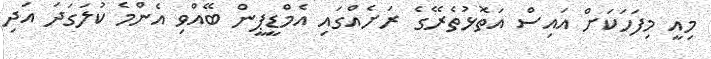
މިއީ މިފަހަކަށް އައިސް އަތޮޅުތެރޭގެ ރަށެއްގައި އެމްޑީޕީން ބޭއްވި އެންމެ ކުލަގަދަ އަދި